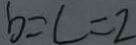
b = c = 2